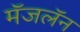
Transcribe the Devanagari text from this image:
मॅजलॅन